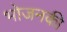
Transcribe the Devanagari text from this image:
भोजनकी